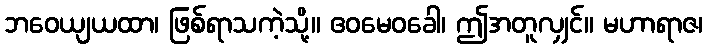
ဘဝေယျယထာ၊ ဖြစ်ရာသကဲ့သို့။ ဧဝမေဝခေါ၊ ဤအတူလျှင်။ မဟာရာဇ၊